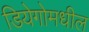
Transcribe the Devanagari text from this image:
डियेगोमधील